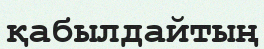
қабылдайтың